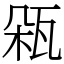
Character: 𤬾